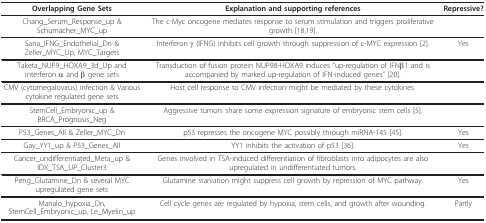
<table><thead><tr><td><b>Overlapping Gene Sets</b></td><td><b>Explanation and supporting references</b></td><td><b>Repressive?</b></td></tr></thead><tbody><tr><td>Chang_Serum_Response_up &amp; Schumacher_MYC_up</td><td>The c-Myc oncogene mediates response to serum stimulation and triggers proliferative growth [18,19].</td><td></td></tr><tr><td>Sana_IFNG_Endothelial_Dn &amp; Zeller_MYC_Up, MYC_Targets</td><td>Interferon γ (IFNG) inhibits cell growth through suppression of c-MYC expression [2].</td><td>Yes</td></tr><tr><td>Taketa_NUP9_HOXA9_3d_Up and interferon α and β gene sets</td><td>Transduction of fusion protein NUP98-HOXA9 induces &quot;up-regulation of IFNβ1 and is accompanied by marked up-regulation of IFN-induced genes&quot; [20].</td><td></td></tr><tr><td>CMV (cytomegalovirus) infection &amp; Various cytokine regulated gene sets</td><td>Host cell response to CMV infection might be mediated by these cytokines.</td><td></td></tr><tr><td>StemCell_Embryonic_up &amp; BRCA_Prognosis_Neg</td><td>Aggressive tumors share some expression signature of embryonic stem cells [5].</td><td></td></tr><tr><td>P53_Genes_All &amp; Zeller_MYC_Dn</td><td>p53 represses the oncogene MYC possibly through miRNA-145 [45].</td><td>Yes</td></tr><tr><td>Gay_YY1_up &amp; P53_Genes_All</td><td>YY1 inhibits the activation of p53 [36].</td><td>Yes</td></tr><tr><td>Cancer_undifferentiated_Meta_up &amp; IDX_TSA_UP_Cluster3</td><td>Genes involved in TSA-induced differentiation of fibroblasts into adipocytes are also upregulated in undifferentiated tumors.</td><td></td></tr><tr><td>Peng_Glutamine_Dn &amp; several MYC upregulated gene sets</td><td>Glutamine starvation might suppress cell growth by repression of MYC pathway.</td><td>Yes</td></tr><tr><td>Manalo_hypoxia_Dn, StemCell_Embryonic_up, Le_Myelin_up</td><td>Cell cycle genes are regulated by hypoxia, stem cells, and growth after wounding.</td><td>Partly</td></tr></tbody></table>